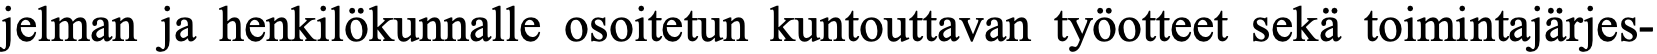
jelman ja henkilökunnalle osoitetun kuntouttavan työotteet sekä toimintajärjes-